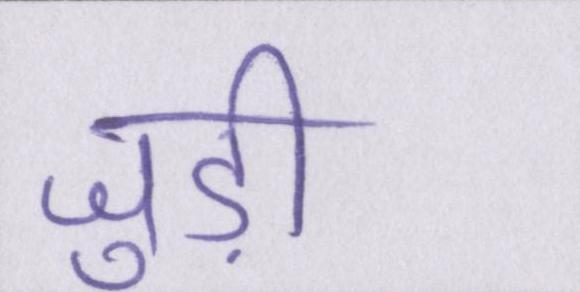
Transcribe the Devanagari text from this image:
जुड़ी